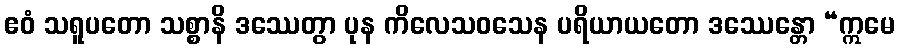
ဧဝံ သရူပတော သစ္စာနိ ဒဿေတွာ ပုန ကိလေသဝသေန ပရိယာယတော ဒဿေန္တော “ဣမေ